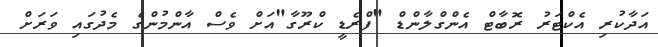
އަދާކުރި އެކްޓަރު ރޮބާޓް އެންގްލާންޑް "ފްރެޑީ ކްރޫގާ"އަށް ވެސް އާންމުންގެ މެދުގައި ވަރަށް